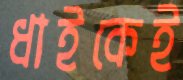
ধাইকেই